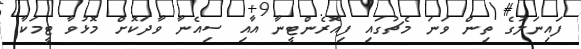
ފައިނަލުގެ ތިން ވަނަ މެޗުގައި ފިއޮރެންޓީނާ އާއި ސިއެނާ ވާދަކޮށް މޮޅުވާ ޓީމަކާ